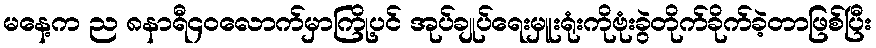
မနေ့က ည ၈နာရီ၄၀လောက်မှာကြို့ပင် အုပ်ချုပ်ရေးမှူးရုံးကိုဗုံးခွဲတိုက်ခိုက်ခဲ့တာဖြစ်ပြီး